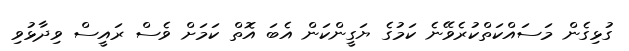
ގުޅިގެން މަސައްކަތްކުރެވޭނެ ކަމުގެ ޔަގީންކަން އެބަ އޮތް ކަމަށް ވެސް ރައީސް ވިދާޅުވި